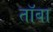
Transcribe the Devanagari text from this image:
तॉबा